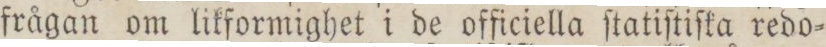
frågan om likformighet i de officiella ſtatiſtiſka redo=